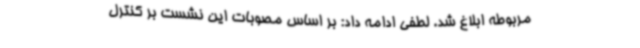
مربوطه ابلاغ شد. لطفی ادامه داد: بر اساس مصوبات این نشست بر کنترل